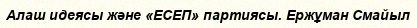
Алаш идеясы және «ЕСЕП» партиясы. Ержұман Смайыл